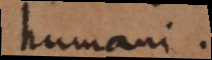
humani.